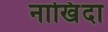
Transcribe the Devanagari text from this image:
नाखिंदा